Scottish Leaving Certificate Examination, 1956
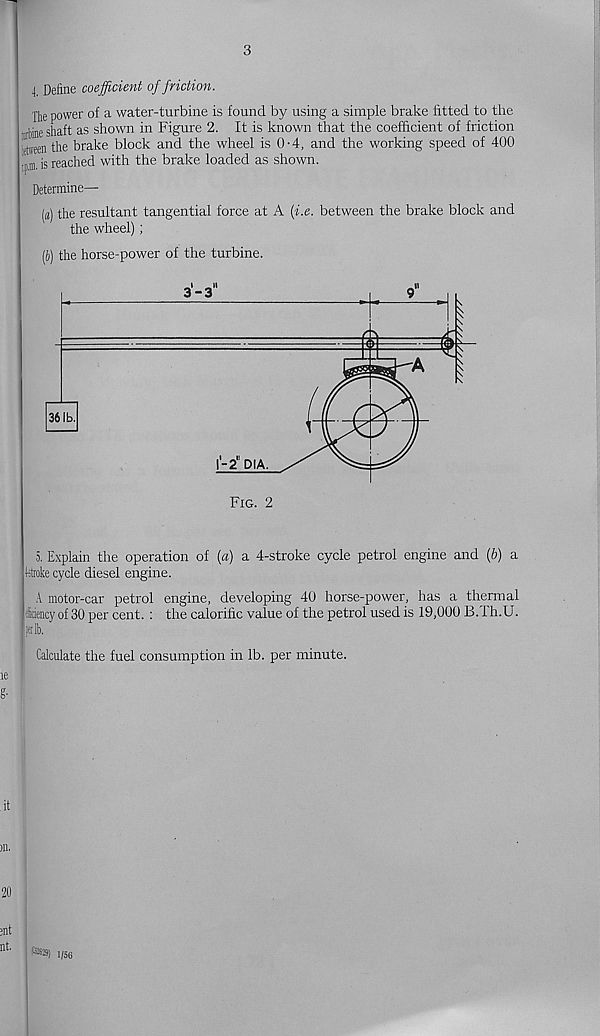
j. Define coefficient of friction.
The power of a water-turbine is found by using a simple brake fitted to the
•nbine shaft as shown in Figure 2. It is known that the coefficient of friction
yj the brake block and the wheel is 0-4, and the working speed of 400
.... jj reached with the brake loaded as shown.
Determine—
(a) the resultant tangential force at A (i.e. between the brake block and
the wheel);
[i) the horse-power of the turbine.
5. Explain the operation of (a) a 4-stroke cycle petrol engine and (b) a
broke cycle diesel engine.
A motor-car petrol engine, developing 40 horse-power, has a thermal
icieiicyof30percent. : the calorific value of the petrol used is 19,000 13. Ih.U.
ip lb.
Calculate the fuel consumption in lb. per minute.